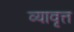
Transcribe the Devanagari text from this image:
व्यावृत्त